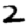
Digit: 2